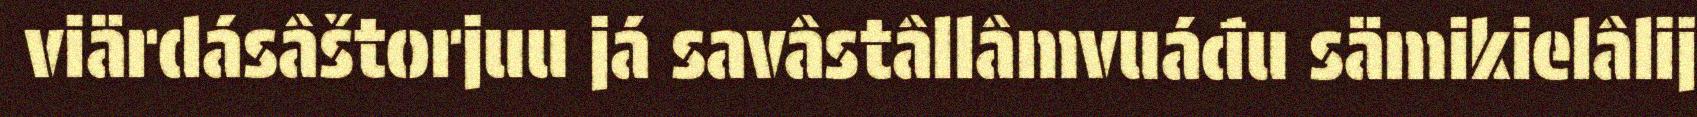
viärdásâštorjuu já savâstâllâmvuáđu sämikielâlij